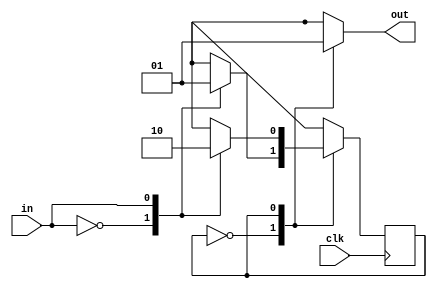
// Moore Machine
// ============================================================================
// Very simple demonstration of how to implement a Moore machine.
// Uses 3 processes:
//   1. Next State Combinational Logic
//   2. State Register
//   3. Output Combinational Logic
// Remember that in a Moore machine, output only depends on current state
// ============================================================================
module moore(
     input clk,
     input in,
     output reg out
     );

     // Define states as parameters
     parameter S0 = 0,
               S1 = 1;

     // Create a register for the current state, initialize it to S0
     reg state_now = S0;
     // Create a register for the next state
     reg state_next;

     // Process 1: Determine next state
     always @ (state_now)
          case(state_now)
               S0:
                    case(in)
                    0: state_next <= S0;
                    1: state_next <= S1;
                    endcase
               S1:
                    case(in)
                    0: state_next <= S1;
                    1: state_next <= S0;
                    endcase
          endcase

     // Process 2: Move next state into current state
     always @ (posedge clk)
          state_now <= state_next;

     // Process 3: Output according to current state
     always @ (state_now)
          case(state_now)
          S0: out = 0;
          S1: out = 1;
          endcase

endmodule